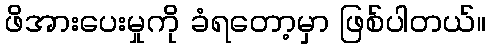
ဖိအားပေးမှုကို ခံရတော့မှာ ဖြစ်ပါတယ်။